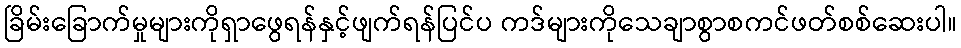
ခြိမ်းခြောက်မှုများကိုရှာဖွေရန်နှင့်ဖျက်ရန်ပြင်ပ ကဒ်များကိုသေချာစွာစကင်ဖတ်စစ်ဆေးပါ။